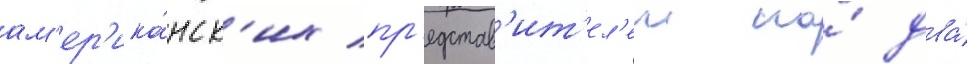
ам'ер'ика́нск'их пр'едстав'ит'ел'еи на́ два́